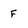
Character: f